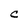
Character: C